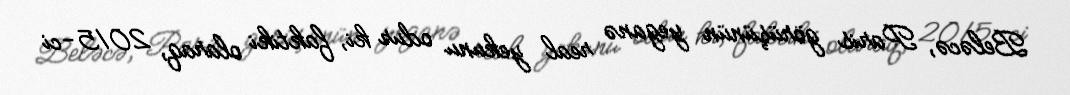
Beləcə, Paris görüşünün yeganə real yekunu odur ki, faktiki olaraq, 2015-ci